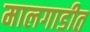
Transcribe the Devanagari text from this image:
मालगाडीत